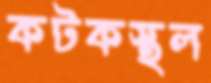
কটকস্থল